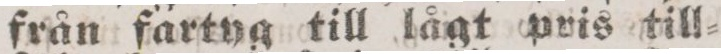
från fartyg till lågt pris till=